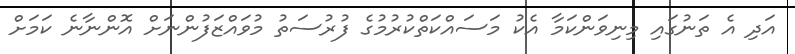
އަދި އެ ތަނުގައި މިނިވަންކަމާ އެކު މަސައްކަތްކުރުމުގެ ފުރުސަތު މުވައްޒަފުންނަށް އޮންނާނެ ކަމަށް